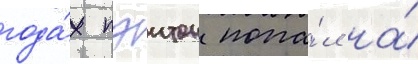
года́х пэитон попа́л на́